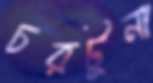
চরটুনা